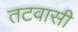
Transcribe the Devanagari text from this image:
तटवासी